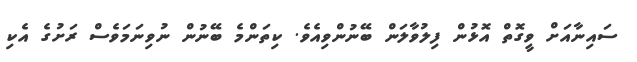
ސައިނާއަށް ވީގޮތް އޮޅުން ފިލުވާލަން ބޭނުންވިއެވެ. ކިތަންމެ ބޭނުން ނުވިނަމަވެސް ރަށުގެ އެކި